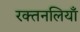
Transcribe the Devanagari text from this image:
रक्तनलियाँ